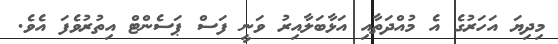
މިދިޔަ އަހަރުގެ އެ މުއްދަތާއި އަޅާބަލާއިރު ވަނީ ފަސް ޕަސެންޓް އިތުރުވެފަ އެވެ.